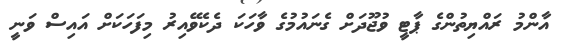
އާންމު ރައްޔިތުންގެ ޕާޓީ ވުޖޫދަށް ގެނައުމުގެ ވާހަކަ ދެކެވޭއިރު މިފަހަކަށް އައިސް ވަނީ